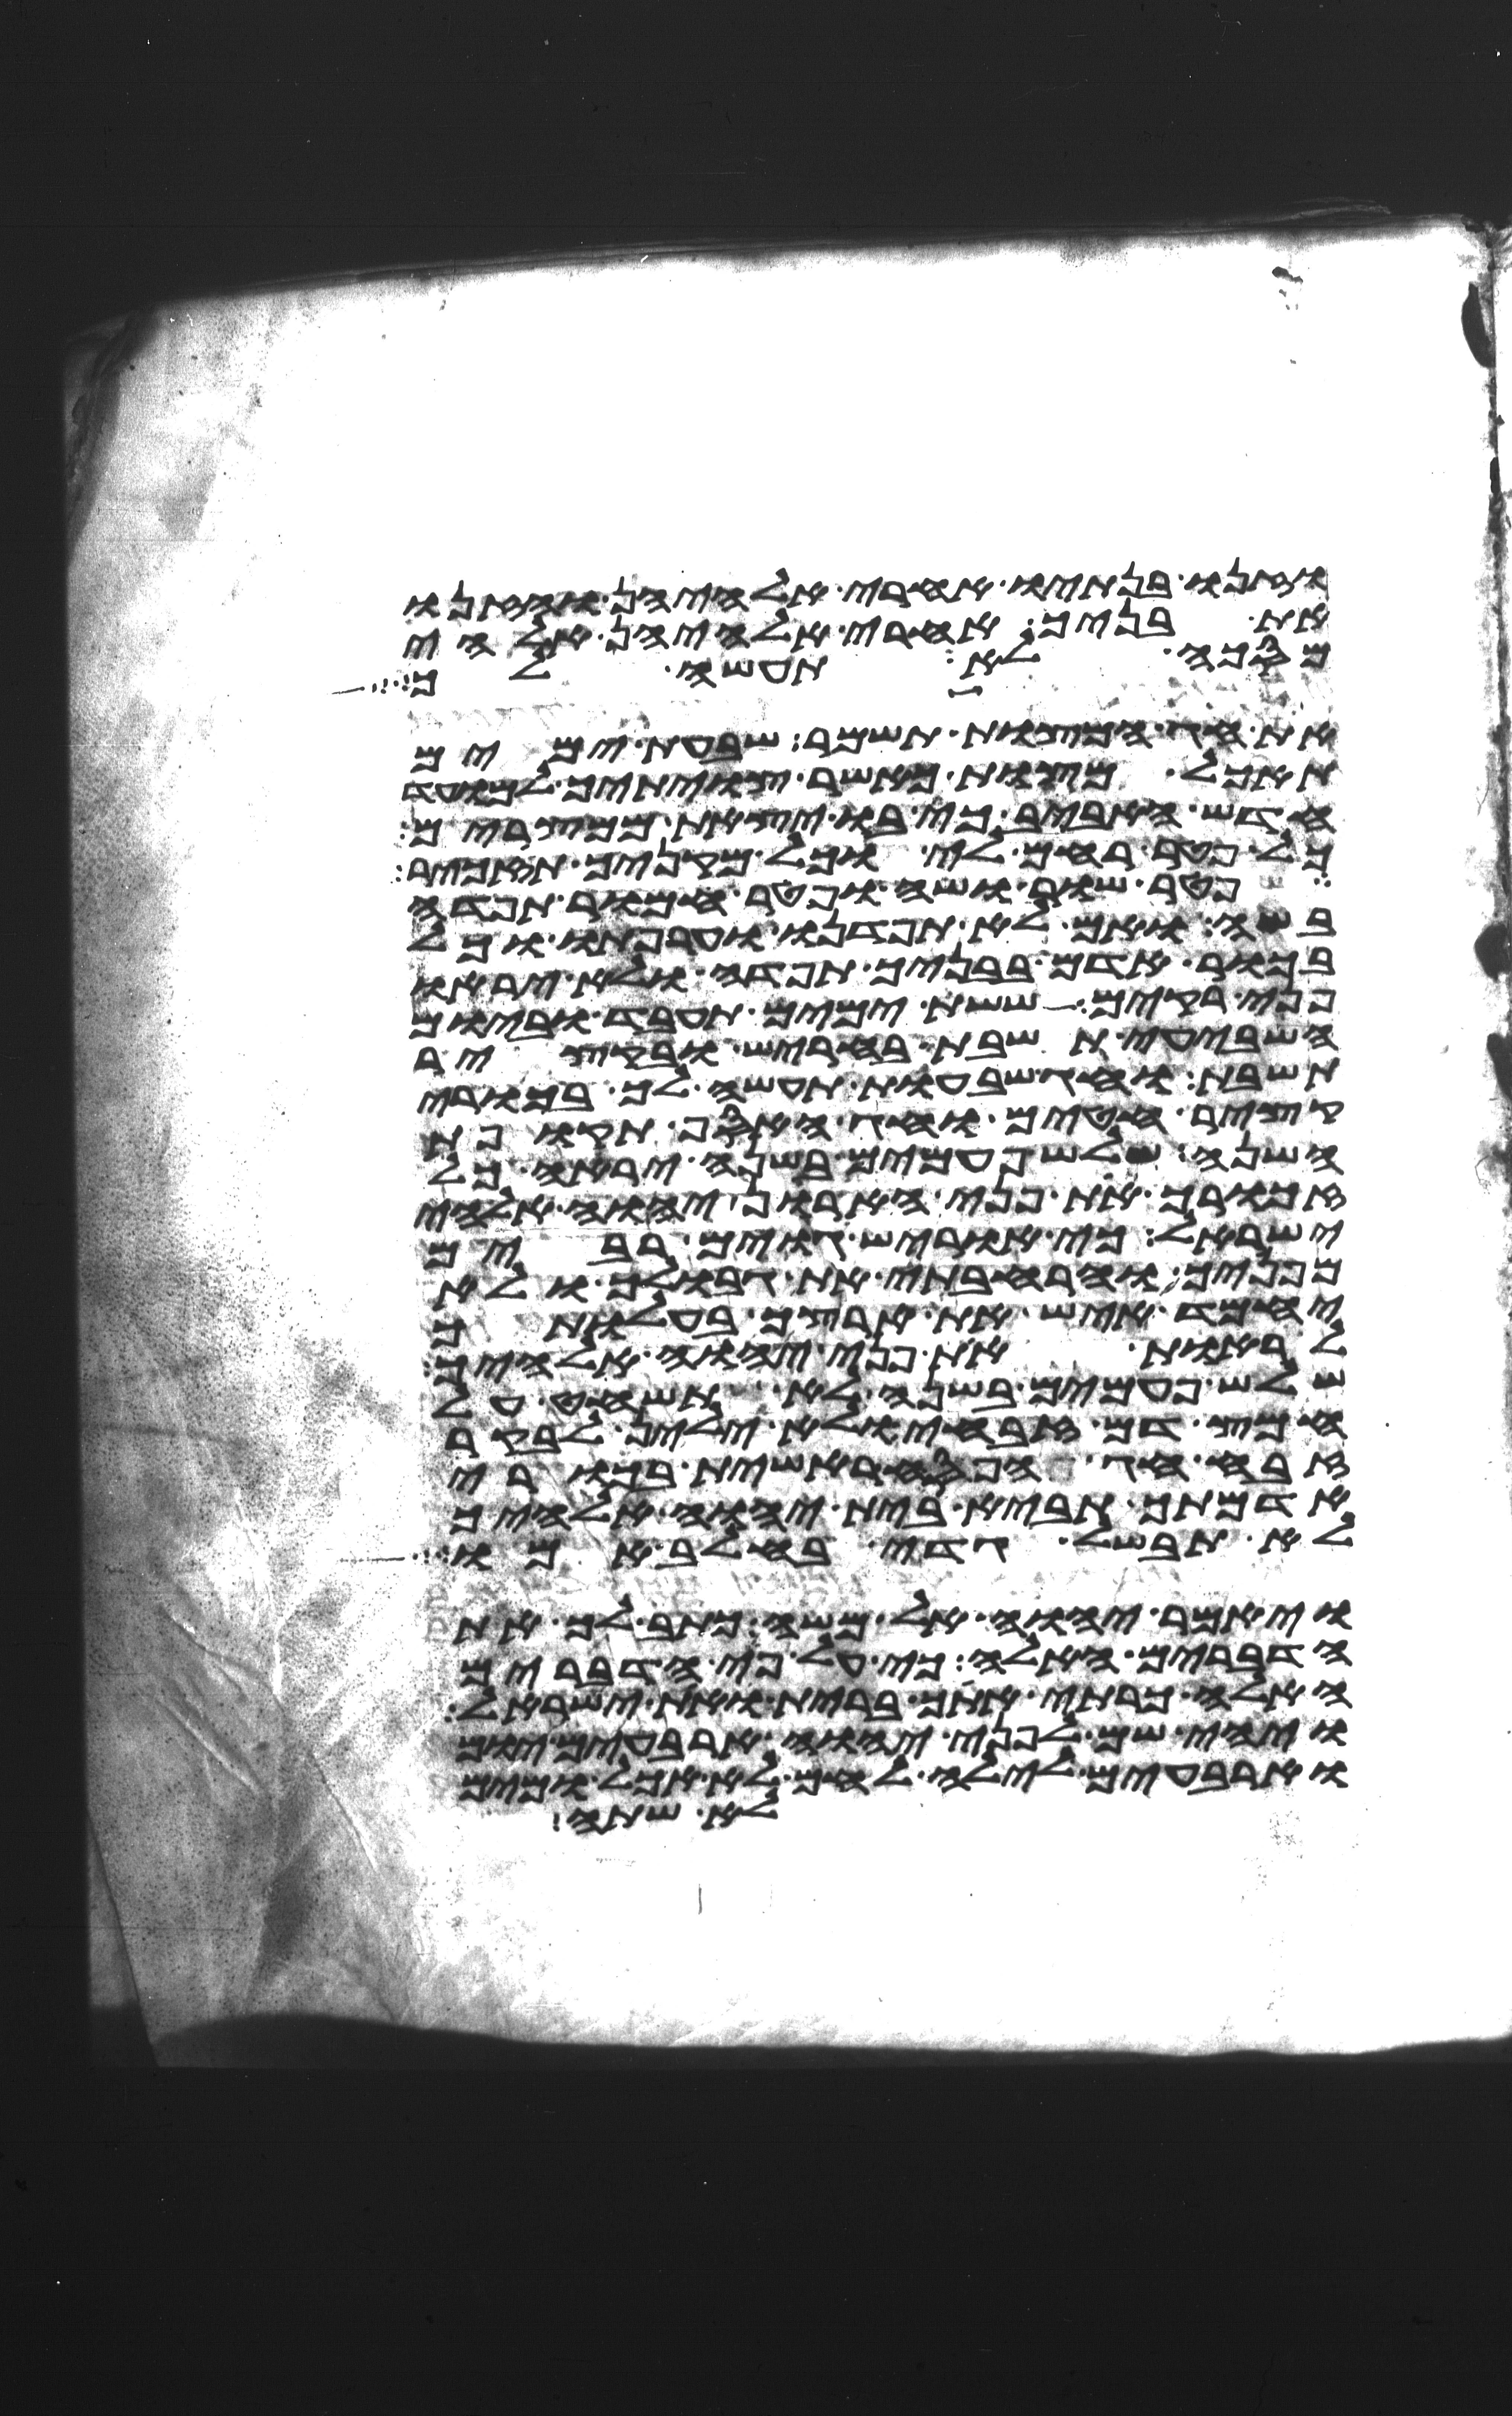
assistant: וזנו בנתיו אחרי אלהיהן והזנו
את בניך אחרי אלהיהן אלהי
מסכה לא תעשה לך
את חג המצות תשמר שבעת ימים
תאכל מצות כאשר צויתיך למועד
חדש האביב כי בו יצאת ממצרים
כל פטר רחם לי וכל מקניך תזכיר
פטר שור ושה ופטר חמור תפדה
בשה ואם לא תפדנו וערפתו וכל
בכור אדם בבניך תפדה ולא יראו
פני רקים ששת ימים תעבד וביום
השביעי תשבת בחריש ובקציר
תשבת וחג שבעות תעשה לך בכורי
קציר חטים וחג האסף תקופת
השנה שלש פעמים בשנה יראה כל
זכורך את פני הארון יהוה אלהי
ישראל כי אוריש גוים רבים
מפניך והרחבתי את גבולך ולא
יחמד איש את ארצך בהעלותך
להראות את פני יהוה אלהיך
שלש פעמים בשנה לא תשחט על
חמץ דם זבחי ולא ילין לבקר
זבח חג הפסח ראשית בכורי
אדמתך תביא בית יהוה אלהיך
לא תבשל גדי בחלב אמו
ויאמר יהוה אל משה כתב לך את
הדברים האלה כי על פי הדברים
האלה כרתי אתך ברית ואת ישראל
ויהי שם לפני יהוה ארבעים יום
וארבעים לילה לחם לא אכל ומים
לא שתה